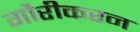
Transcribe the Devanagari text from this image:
गौरीकरन